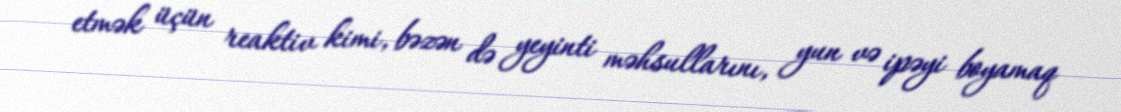
etmək üçün reaktiv kimi, bəzən də yeyinti məhsullarını, yun və ipəyi boyamaq